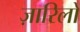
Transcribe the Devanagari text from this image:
ज़ारिलो